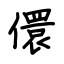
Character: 儇